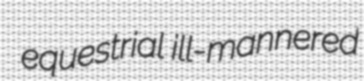
equestrial ill-mannered